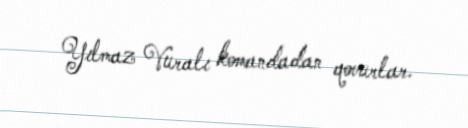
Yılmaz Vuralı komandadan qovurlar.